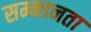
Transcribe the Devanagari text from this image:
सम्मानता